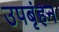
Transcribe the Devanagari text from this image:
उपबृंहन